Indian journal of veterinary science and animal husbandry - Volumes 18-21, 1948-1951
Year: 1948
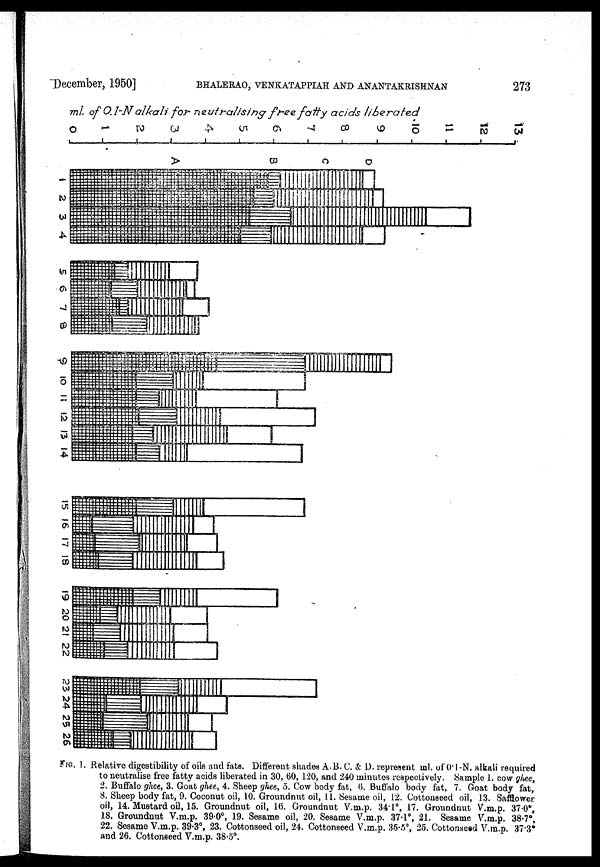
December, 1950] BHALERAO, VENKATAPPIAH AND ANANTAKRISHNAN 273
FIG. 1. Relative digestibility of oils and fats. Different shades A,B,C, & D, represent ml. of 0.1-N. alkali required
to neutralise free fatty acids liberated in 30, 60, 120, and 240 minutes respectively. Sample 1. cow ghee,
2. Buffalo ghee, 3. Goat ghee, 4. Sheep ghee, 5. Cow body fat, 6. Buffalo body fat, 7. Goat body fat,
8. Sheep body fat, 9. Coconut oil, 10. Groundnut oil, 11. Sesame oil, 12. Cottonseed oil, 13. Safflower
oil, 14. Mustard oil, 15. Groundnut oil, 16. Groundnut V.m.p. 34.1º, 17. Groundnut V.m.p. 37.0º,
18. Groundnut V.m.p. 39.0º, 19. Sesame oil, 20. Sesame V.m.p. 37.1º, 21. Sesame V.m.p. 38.7º,
22. Sesame V.m.p. 39.3º, 23. Cottonseed oil, 24. Cottonseed V.m.p. 35.5º, 25. Cottonseed V.m.p. 37.3º
and 26. Cottonseed V.m.p. 38.5º.